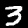
Digit: 3